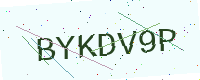
Text: BYKDV9P